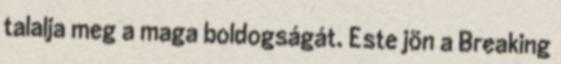
talalja meg a maga boldogságát. Este jön a Breaking